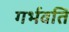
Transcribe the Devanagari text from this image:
गर्भवति